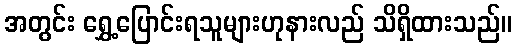
အတွင်း ရွှေ့ပြောင်းရသူများဟုနားလည် သိရှိထားသည်။